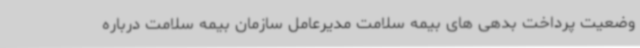
وضعیت پرداخت بدهی های بیمه سلامت مدیرعامل سازمان بیمه سلامت درباره